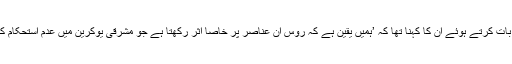
واشنگٹن میں صحافیوں سے بات کرتے ہوئے ان کا کہنا تھا کہ ’ہمیں یقین ہے کہ روس ان عناصر پر خاصا اثر رکھتا ہے جو مشرقی یوکرین میں عدم استحکام کی سرگرمیوں میں ملوث ہیں۔